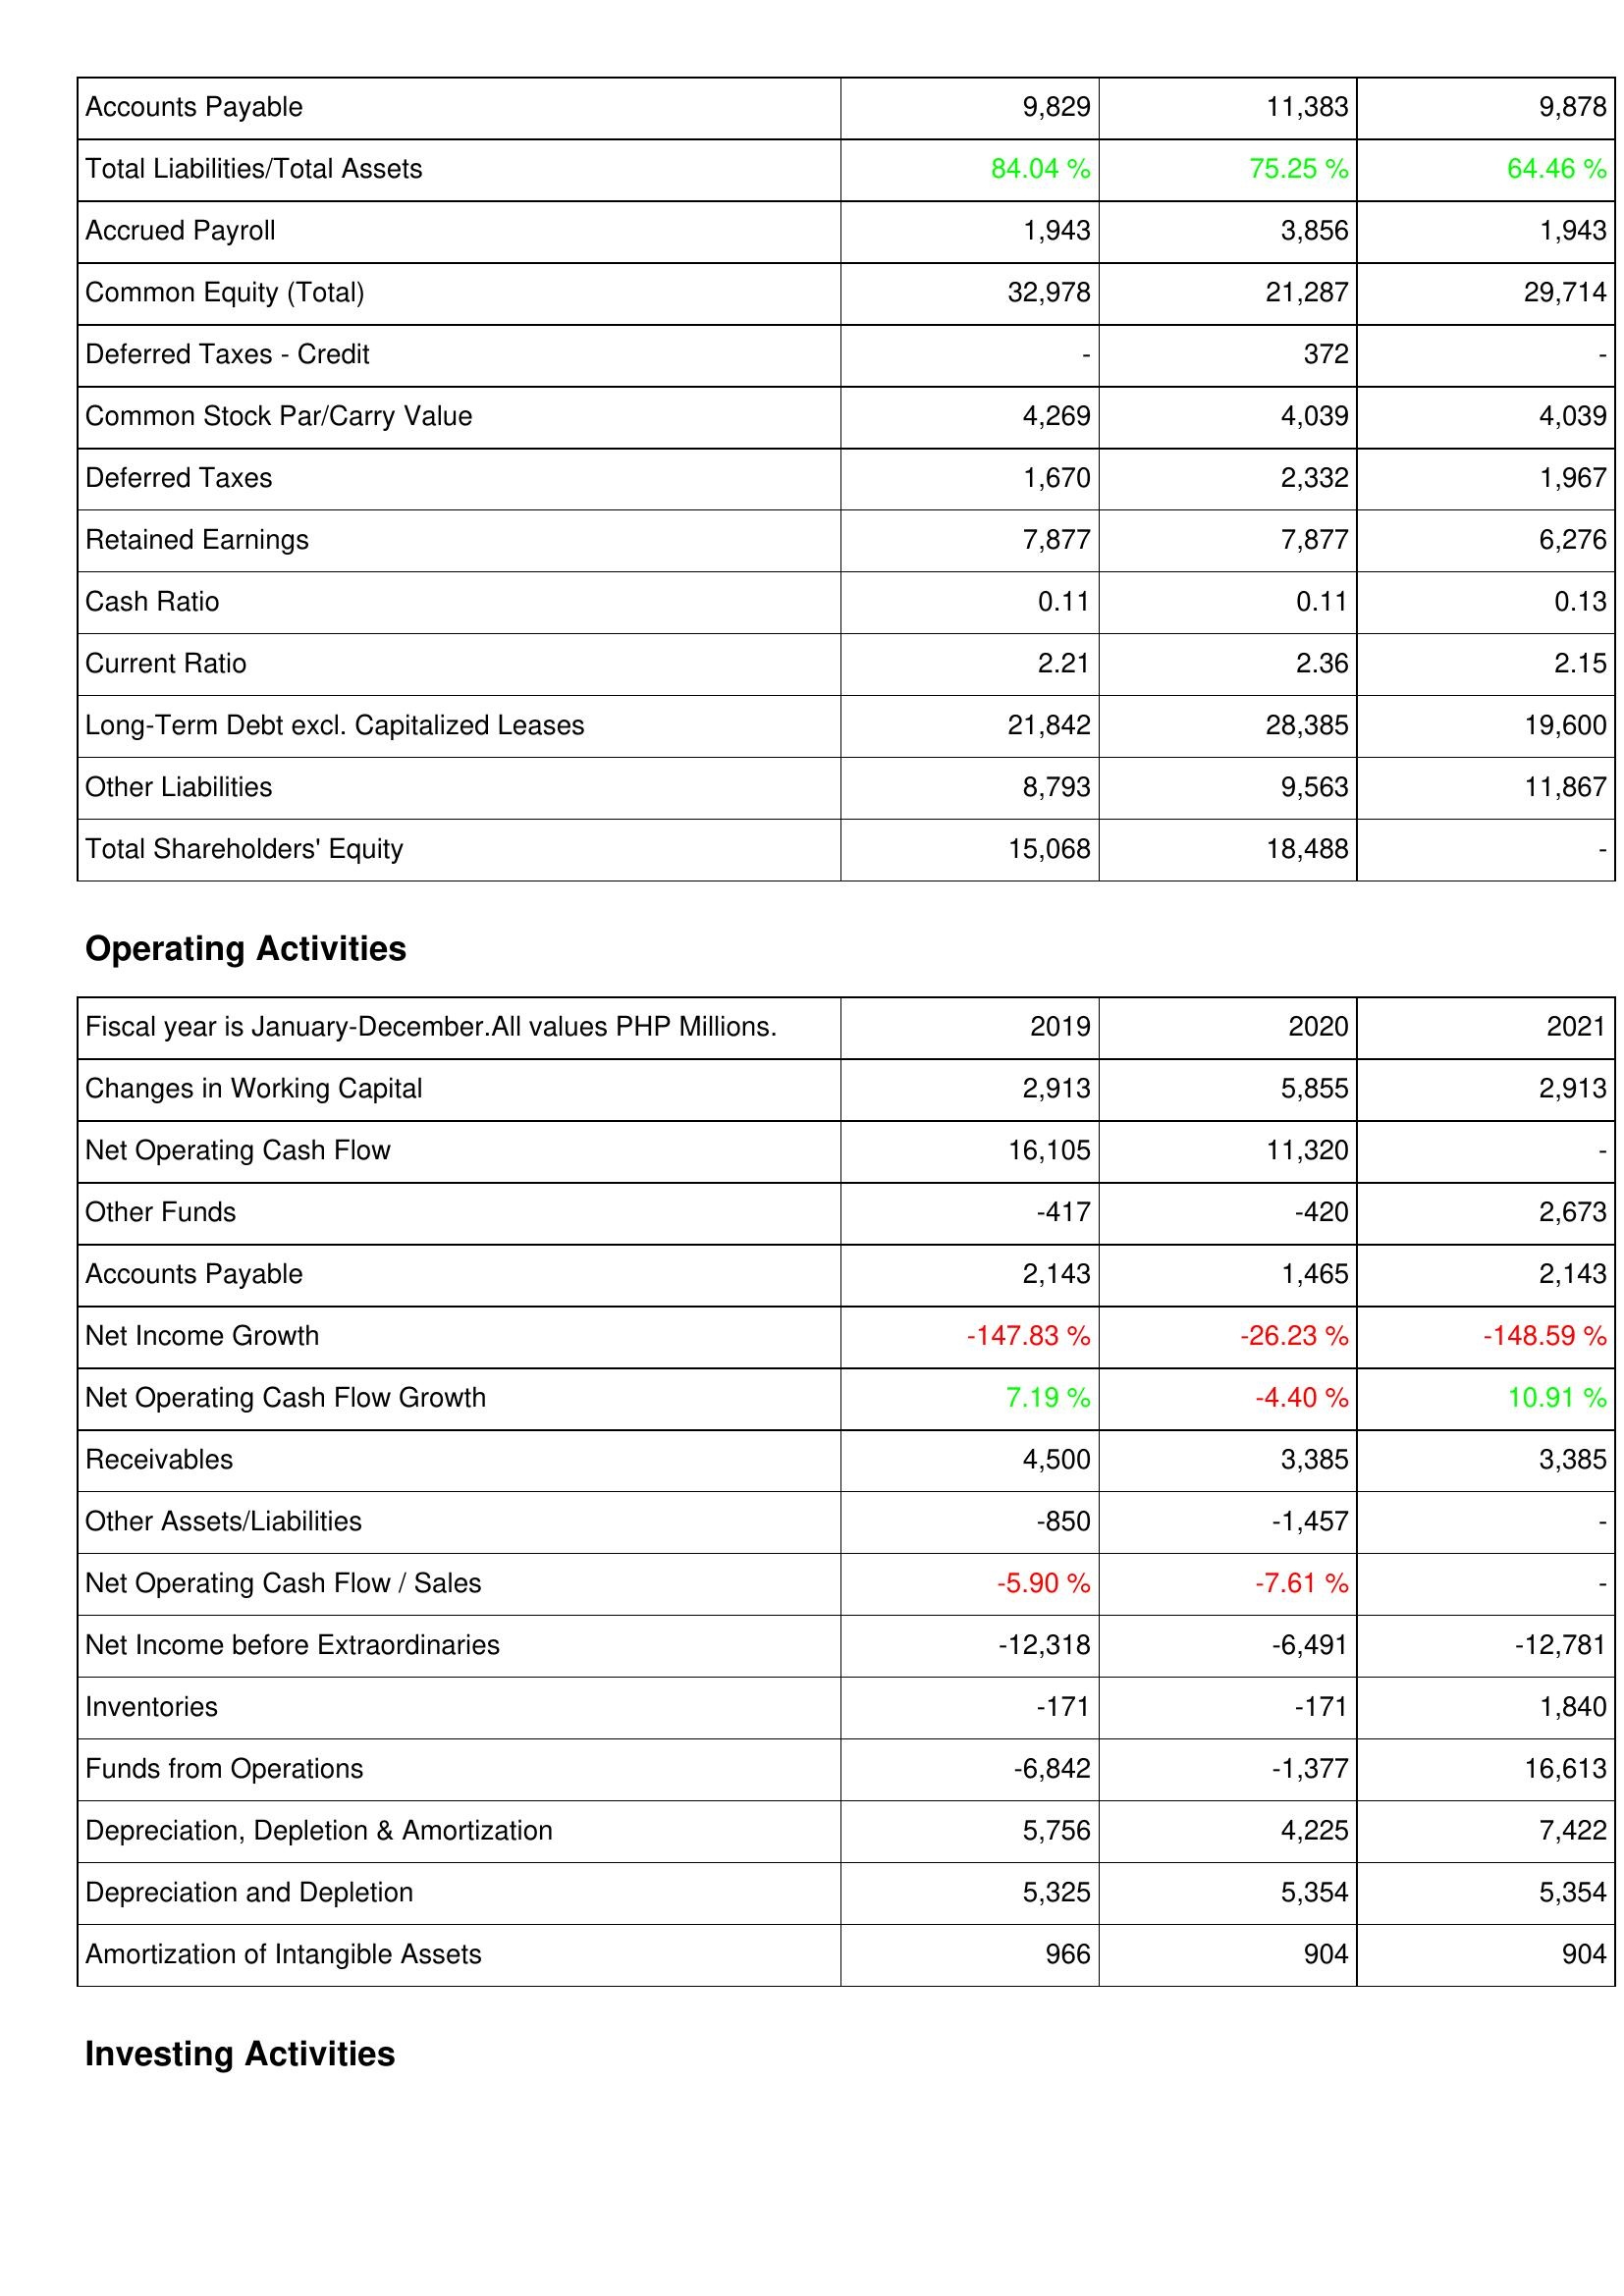
2019: Liabilities & Shareholders' Equity: Accounts Payable: 9,829
Total Liabilities/Total Assets: 84.04 %
Accrued Payroll: 1,943
Common Equity (Total): 32,978
Deferred Taxes - Credit: -
Common Stock Par/Carry Value: 4,269
Deferred Taxes: 1,670
Retained Earnings: 7,877
Cash Ratio: 0.11
Current Ratio: 2.21
Long-Term Debt excl. Capitalized Leases: 21,842
Other Liabilities: 8,793
Total Shareholders' Equity: 15,068
Operating Activities: Changes in Working Capital: 2,913
Net Operating Cash Flow: 16,105
Other Funds: -417
Accounts Payable: 2,143
Net Income Growth: -147.83 %
Net Operating Cash Flow Growth: 7.19 %
Receivables: 4,500
Other Assets/Liabilities: -850
Net Operating Cash Flow / Sales: -5.90 %
Net Income before Extraordinaries: -12,318
Inventories: -171
Funds from Operations: -6,842
Depreciation, Depletion & Amortization: 5,756
Depreciation and Depletion: 5,325
Amortization of Intangible Assets: 966
2020: Liabilities & Shareholders' Equity: Accounts Payable: 11,383
Total Liabilities/Total Assets: 75.25 %
Accrued Payroll: 3,856
Common Equity (Total): 21,287
Deferred Taxes - Credit: 372
Common Stock Par/Carry Value: 4,039
Deferred Taxes: 2,332
Retained Earnings: 7,877
Cash Ratio: 0.11
Current Ratio: 2.36
Long-Term Debt excl. Capitalized Leases: 28,385
Other Liabilities: 9,563
Total Shareholders' Equity: 18,488
Operating Activities: Changes in Working Capital: 5,855
Net Operating Cash Flow: 11,320
Other Funds: -420
Accounts Payable: 1,465
Net Income Growth: -26.23 %
Net Operating Cash Flow Growth: -4.40 %
Receivables: 3,385
Other Assets/Liabilities: -1,457
Net Operating Cash Flow / Sales: -7.61 %
Net Income before Extraordinaries: -6,491
Inventories: -171
Funds from Operations: -1,377
Depreciation, Depletion & Amortization: 4,225
Depreciation and Depletion: 5,354
Amortization of Intangible Assets: 904
2021: Liabilities & Shareholders' Equity: Accounts Payable: 9,878
Total Liabilities/Total Assets: 64.46 %
Accrued Payroll: 1,943
Common Equity (Total): 29,714
Deferred Taxes - Credit: -
Common Stock Par/Carry Value: 4,039
Deferred Taxes: 1,967
Retained Earnings: 6,276
Cash Ratio: 0.13
Current Ratio: 2.15
Long-Term Debt excl. Capitalized Leases: 19,600
Other Liabilities: 11,867
Total Shareholders' Equity: -
Operating Activities: Changes in Working Capital: 2,913
Net Operating Cash Flow: -
Other Funds: 2,673
Accounts Payable: 2,143
Net Income Growth: -148.59 %
Net Operating Cash Flow Growth: 10.91 %
Receivables: 3,385
Other Assets/Liabilities: -
Net Operating Cash Flow / Sales: -
Net Income before Extraordinaries: -12,781
Inventories: 1,840
Funds from Operations: 16,613
Depreciation, Depletion & Amortization: 7,422
Depreciation and Depletion: 5,354
Amortization of Intangible Assets: 904